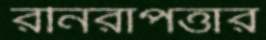
রনিরাপত্তার